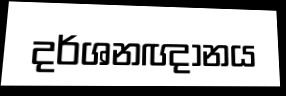
දර්ශනඥානය